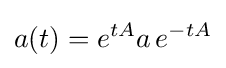
a(t)=e^{tA}a\,e^{-tA}